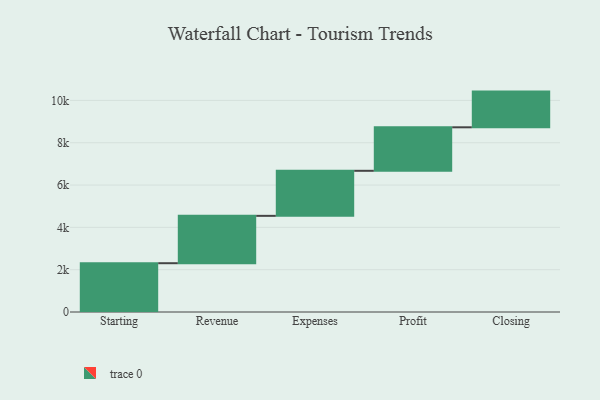
{"axis": {"x": "Step", "y": "Value"}, "legend": [""], "data": [{"x": "Starting", "y": 2306.0, "type": ""}, {"x": "Revenue", "y": 2238.0, "type": ""}, {"x": "Expenses", "y": 2129.0, "type": ""}, {"x": "Profit", "y": 2056.0, "type": ""}, {"x": "Closing", "y": 1687.0, "type": ""}]}